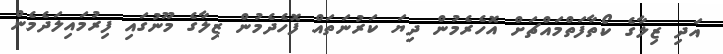
އަދި ޒިލާގެ ކޯތާފަތްމައްޗަށް އޮހެރެމުން ދިޔަ ކަރުނަތައް ފޮހެދެމުން ޒިލާގެ މޫނުގައި ފިރުމައިލަދެމެން